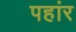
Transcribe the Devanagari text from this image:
पहांर